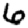
Digit: 6